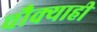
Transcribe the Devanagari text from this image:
चौक्याही